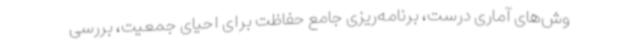
وش‌های آماری درست، برنامه‌ریزی جامع حفاظت برای احیای جمعیت، بررسی